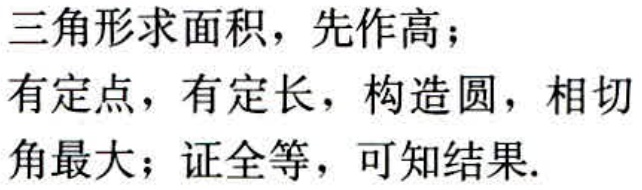
三角形求面积，先作高；
有定点，有定长，构造圆，相切角最大；证全等，可知结果.